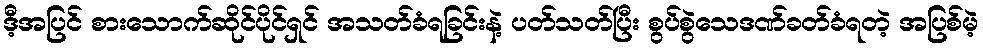
ဒီ့အပြင် စားသောက်ဆိုင်ပိုင်ရှင် အသတ်ခံရခြင်းနဲ့ ပတ်သတ်ပြီး စွပ်စွဲသေဒဏ်ခတ်ခံရတဲ့ အပြစ်မဲ့